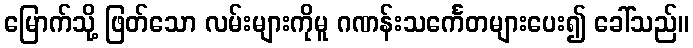
မြောက်သို့ ဖြတ်သော လမ်းများကိုမူ ဂဏန်းသင်္ကေတများပေး၍ ခေါ်သည်။